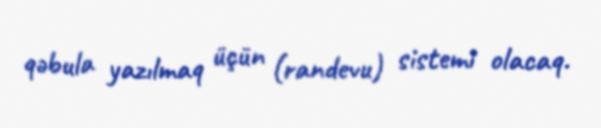
qəbula yazılmaq üçün (randevu) sistemi olacaq.